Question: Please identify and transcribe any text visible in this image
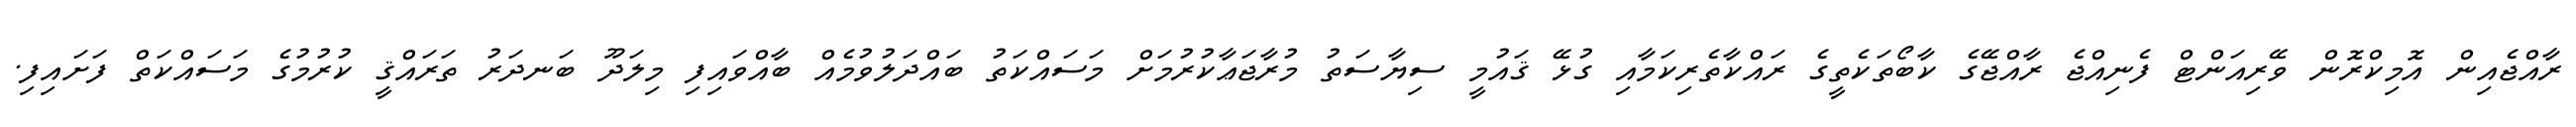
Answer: ރާއްޖެއިން އޮމިކްރޮން ވޭރިއަންޓް ފެނިއްޖެ ރާއްޖޭގެ ކާބޯތަކެތީގެ ރައްކާތެރިކަމާއި ގުޅޭ ޤައުމީ ސިޔާސަތު މުރާޖަޢާކުރުމަށް މަސައްކަތު ބައްދަލުވުމެއް ބާއްވައިފި މިލަދޫ ބަނދަރު ތަރައްޤީ ކުރުމުގެ މަސައްކަތް ފަށައިފި.